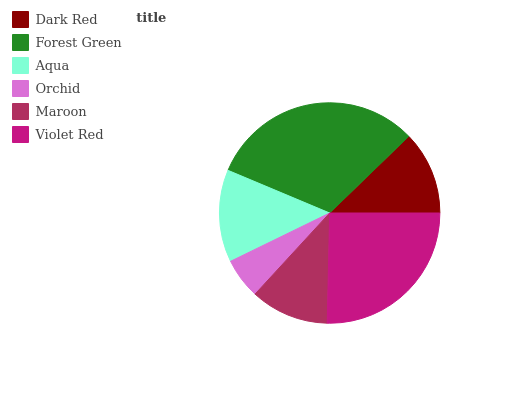
| Dark Red | Forest Green | Aqua | Orchid | Maroon | Violet Red |
 | --- | --- | --- | --- | --- | --- |
 | 12.3% | 31.4% | 13.6% | 5.96% | 11.5% | 25.3% |